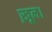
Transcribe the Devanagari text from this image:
ख़ून।